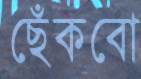
ছেঁকবো